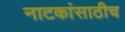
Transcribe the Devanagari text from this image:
नाटकांसाठीच